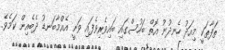
ތަފާތަކީ މިއަދު ހެނދުނު އޮތް ބަހުސްގައި ބައިވެރިވެފައި ވަނީ އެއްމާބަނޑު ދެބެއިން ކަމެވެ.